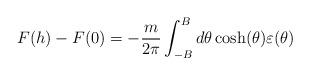
LaTeX: \begin{align*}F(h)-F(0)=-\frac{m}{2\pi }\int_{-B}^{B}d\theta \cosh (\theta )\varepsilon(\theta ) \end{align*}